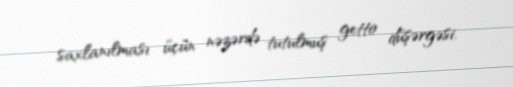
saxlanılması üçün nəzərdə tutulmuş getto düşərgəsi.